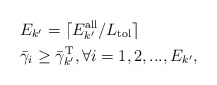
\begin{align*}&E_{k'}=\lceil E^{\textrm{all}}_{k'}/L_{\textrm{tol}}\rceil \\&\bar{\gamma}_i\geq \bar{\gamma}_{k'}^{\textrm{T}}, \forall i=1,2,...,E_{k'}, \end{align*}